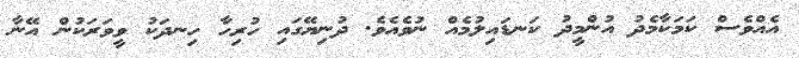
އެއްވެސް ކަމަކާމެދު އުންމީދު ކަނޑައިލުމެއް ނުވެއެވެ. ދުނިޔޭގައި ހުރިހާ ހިނދަކު ވީވަރަކުން އޭނާ